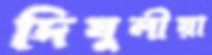
দিঘুলীয়া